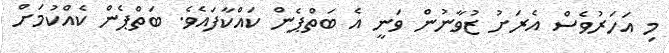
މި އަހަރުވެސް އެރަށު ޒުވާނުން ވަނީ އެ ބަތްޕެން ކައްކާފައެވެ. ބަތްޕެން ކެއްކުމަށް